Civil Veterinary Department Bihar reports 1936-40 - 1936-1940
Year: 1936
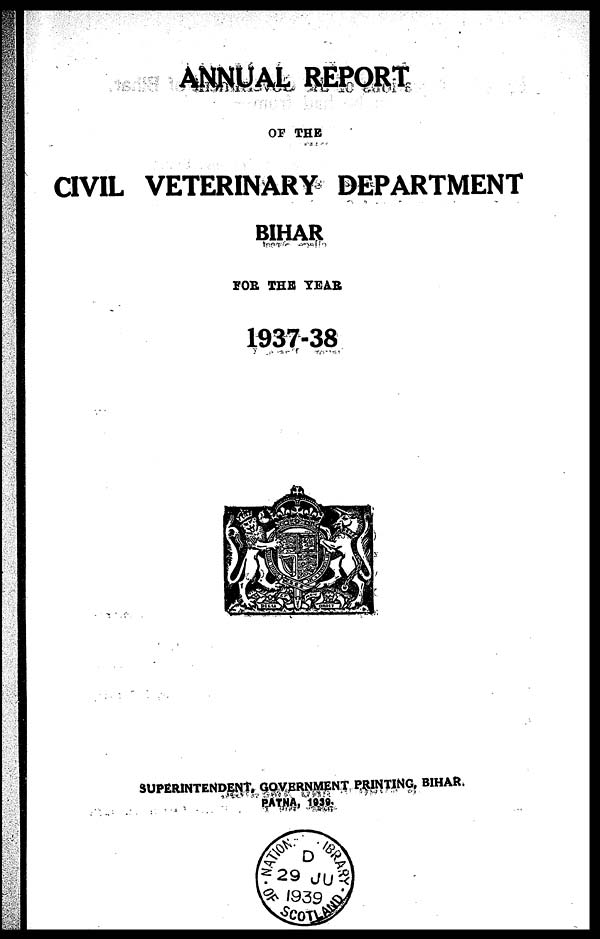
ANNUAL REPORT
OF THE
CIVIL VETERINARY DEPARTMENT
BIHAR
FOR THE YEAR
1937-38
SUPERINTENDENT, GOVERNMENT PRINTING, BIHAR.
PATNA, 1939.